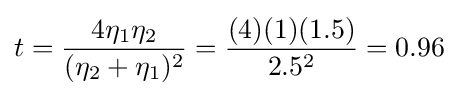
t={\frac {4\eta _{1}\eta _{2}}{(\eta _{2}+\eta _{1})^{2}}}={\frac {(4)(1)(1.5)}{2.5^{2}}}=0.96